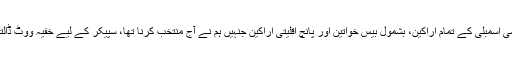
قومی اسمبلی کے تمام اراکین، بشمول بیس خواتین اور پانچ اقلیتی اراکین جنہیں ہم نے آج منتخب کرنا تھا، سپیکر کے لیے خفیہ ووٹ ڈالتے۔